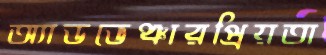
অ্যাডভেঞ্চারপ্রিয়তা